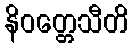
နိဝတ္တေသီတိ